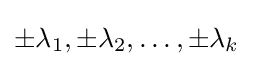
\pm \lambda _{1},\pm \lambda _{2},\ldots ,\pm \lambda _{k}